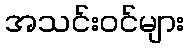
အသင်းဝင်များ